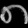
Digit: ၈